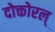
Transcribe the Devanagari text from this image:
दोक्तोरल्